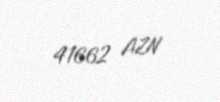
41662 AZN